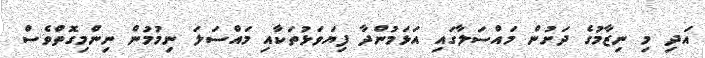
އަދި މި ނިޒާމުގެ ދަށުން މައްސަލާގައި އަޅަމުންދާ ފިޔަވަޅުތަކާއި މައްސަލަ ނިމުމުން ނިންމިގޮތްވެސް